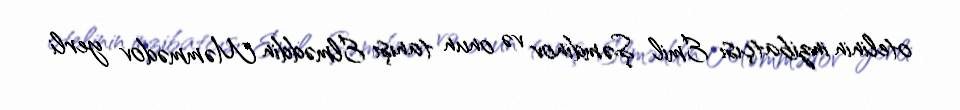
otelinin inzibatçısı Emil Şəmdinov və onun tanışı Elməddin Məmmədov yerli